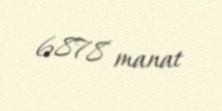
6878 manat